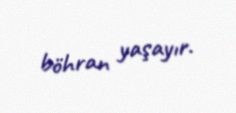
böhran yaşayır.